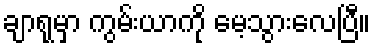
ချာရုမှာ ကွမ်းယာကို မေ့သွားလေပြီ။